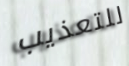
للتعذيب